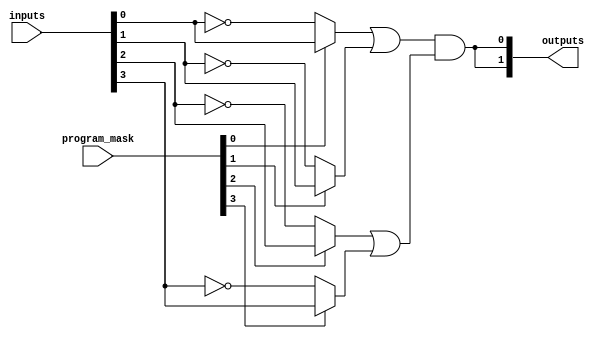
module GPAL #(parameter NUM_INPUTS = 4, 
              parameter NUM_AND_GATES = 4, 
              parameter NUM_OR_GATES = 2) (
    input [NUM_INPUTS-1:0] inputs,   // Input signals
    input [NUM_INPUTS-1:0] program_mask, // Programmable mask for inputs
    output [(NUM_OR_GATES-1):0] outputs // Output signals
);

// Local parameters
wire [NUM_AND_GATES-1:0] and_out; // Intermediate outputs from AND gates
wire [NUM_OR_GATES-1:0] or_out;   // Intermediate outputs from OR gates

// AND Plane
genvar i, j;                         // Loop iterators

// Define the AND gates
generate
    for (i = 0; i < NUM_AND_GATES; i = i + 1) begin: and_gates
        assign and_out[i] = (program_mask[i] ? inputs[i] : ~inputs[i]);
    end
endgenerate

// OR Plane
generate
    for (j = 0; j < NUM_OR_GATES; j = j + 1) begin: or_gates
        // OR gate logic, summing some of the AND outputs
        assign or_out[j] = (and_out[0] | and_out[1]) & (and_out[2] | and_out[3]);
    end
endgenerate

// Output Stage
assign outputs = or_out;

endmodule